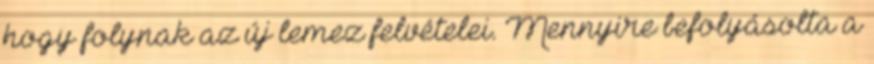
hogy folynak az új lemez felvételei. Mennyire befolyásolta a